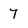
Character: 7